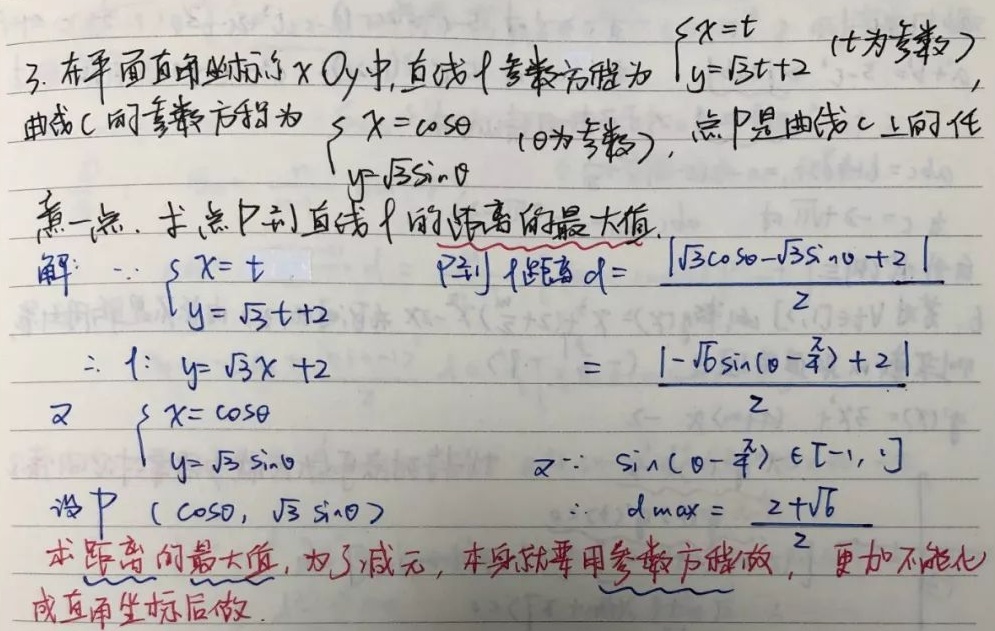
3. 在平面直角坐标系\(xOy\)中，直线\(l\)参数方程为\(\begin{cases}x = t\\y=\sqrt{3}t + 2\end{cases}\)（\(t\)为参数），曲线\(C\)的参数方程为\(\begin{cases}x=\cos\theta\\y = \sqrt{3}\sin\theta\end{cases}\)（\(\theta\)为参数），点\(P\)是曲线\(C\)上的任意一点，求点\(P\)到直线\(l\)的距离的最大值。

解：
\(\because\begin{cases}x = t\\y=\sqrt{3}t + 2\end{cases}\)，\(P\)到\(l\)距离\(d = \frac{\vert\sqrt{3}\cos\theta-\sqrt{3}\sin\theta + 2\vert}{2}\)
\(\therefore l:y=\sqrt{3}x + 2\)
\(d = \frac{\vert-\sqrt{6}\sin(\theta-\frac{\pi}{4})+ 2\vert}{2}\)

又\(\begin{cases}x=\cos\theta\\y = \sqrt{3}\sin\theta\end{cases}\)，又\(\because\sin(\theta-\frac{\pi}{4})\in[-1,1]\)
设\(P(\cos\theta,\sqrt{3}\sin\theta)\)，\(\therefore d_{max}=\frac{2+\sqrt{6}}{2}\)

求距离的最大值，为了减元，本身就要用参数方程做，更加不能化成直角坐标后做。